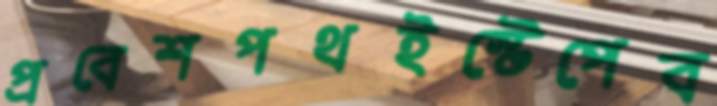
প্রবেশপথইস্টেপেব